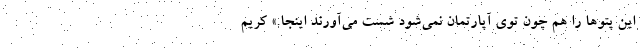
این پتوها را هم چون توی آپارتمان نمی‌شود شست می‌آورند اینجا.» کریم